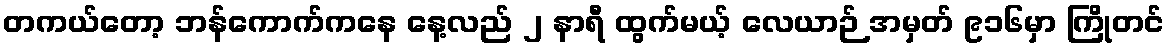
တကယ်တော့ ဘန်ကောက်ကနေ နေ့လည် ၂ နာရီ ထွက်မယ့် လေယာဉ် အမှတ် ၉၁၆မှာ ကြိုတင်